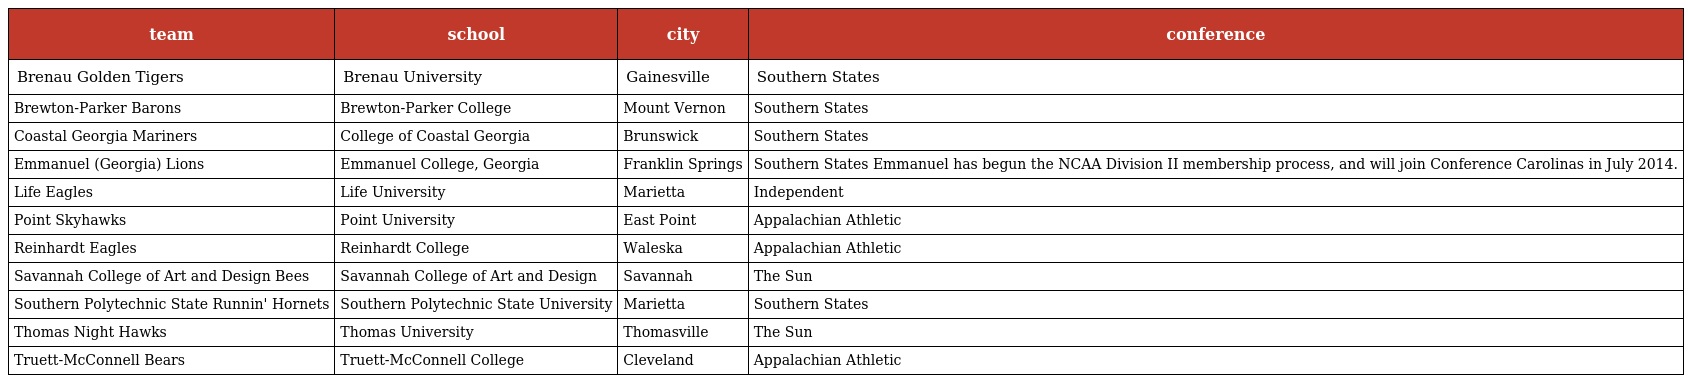
| team | school | city | conference |
 | --- | --- | --- | --- |
 | Brenau Golden Tigers | Brenau University | Gainesville | Southern States |
 | Brewton-Parker Barons | Brewton-Parker College | Mount Vernon | Southern States |
 | Coastal Georgia Mariners | College of Coastal Georgia | Brunswick | Southern States |
 | Emmanuel (Georgia) Lions | Emmanuel College, Georgia | Franklin Springs | Southern States Emmanuel has begun the NCAA Division II membership process, and will join Conference Carolinas in July 2014. |
 | Life Eagles | Life University | Marietta | Independent |
 | Point Skyhawks | Point University | East Point | Appalachian Athletic |
 | Reinhardt Eagles | Reinhardt College | Waleska | Appalachian Athletic |
 | Savannah College of Art and Design Bees | Savannah College of Art and Design | Savannah | The Sun |
 | Southern Polytechnic State Runnin' Hornets | Southern Polytechnic State University | Marietta | Southern States |
 | Thomas Night Hawks | Thomas University | Thomasville | The Sun |
 | Truett-McConnell Bears | Truett-McConnell College | Cleveland | Appalachian Athletic |